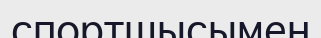
спортшысымен